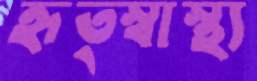
হৃত্স্বাস্থ্য